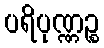
ပရိပုဏ္ဏဉ္စ